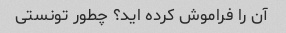
آن را فراموش کرده اید؟ چطور تونستی